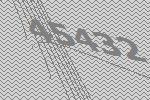
45432